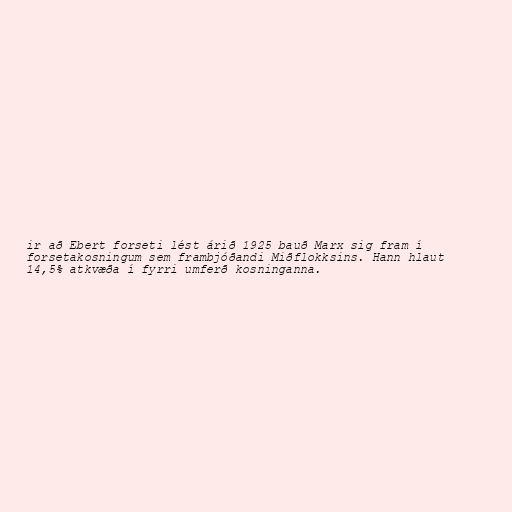
ir að Ebert forseti lést árið 1925 bauð Marx sig fram í
forsetakosningum sem frambjóðandi Miðflokksins. Hann hlaut
14,5% atkvæða í fyrri umferð kosninganna.